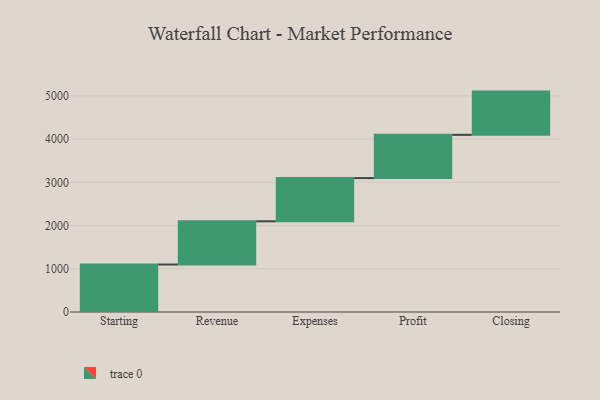
{"axis": {"x": "Step", "y": "Value"}, "legend": [""], "data": [{"x": "Starting", "y": 1098.0, "type": ""}, {"x": "Revenue", "y": 1000, "type": ""}, {"x": "Expenses", "y": 1000, "type": ""}, {"x": "Profit", "y": 1000, "type": ""}, {"x": "Closing", "y": 1000, "type": ""}]}